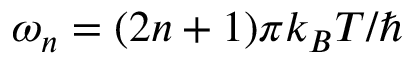
\omega _ { n } = ( 2 n + 1 ) \pi k _ { B } T / \hbar